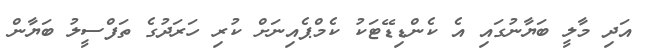
އަދި މާލީ ބަޔާނުގައި އެ ކެންޑިޑޭޓަކު ކެމްޕެއިނަށް ކުރި ހަރަދުގެ ތަފްސީލު ބަޔާން